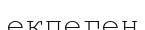
екпеген